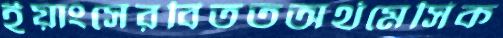
ইয়াংসেরবিততঅর্থমেসিক